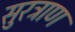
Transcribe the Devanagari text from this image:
सुरत्राण